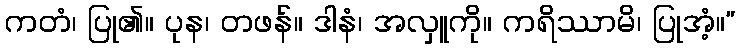
ကတံ၊ ပြု၏။ ပုန၊ တဖန်။ ဒါနံ၊ အလှူကို။ ကရိဿာမိ၊ ပြုအံ့။”